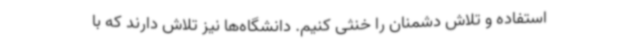
استفاده و تلاش دشمنان را خنثی کنیم. دانشگاه‌ها نیز تلاش دارند که با